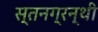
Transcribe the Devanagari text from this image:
स्तनग्रन्थी